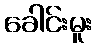
ခေါင်းမူး